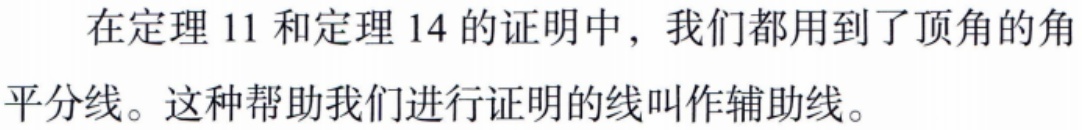
在定理 11 和定理 14 的证明中，我们都用到了顶角的角平分线。这种帮助我们进行证明的线叫作辅助线。